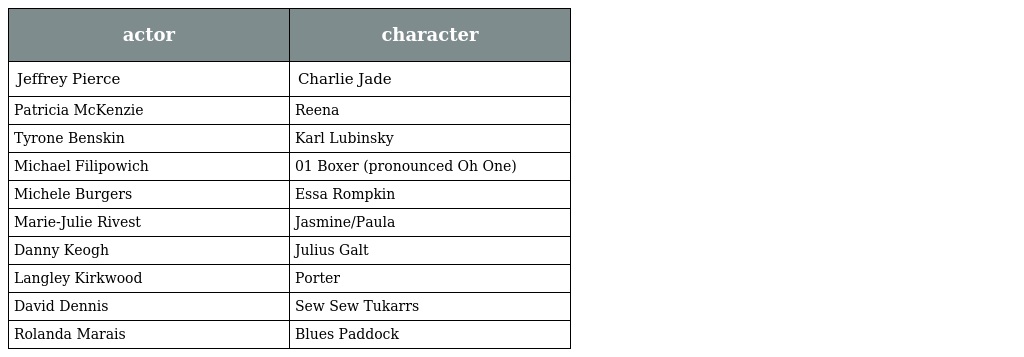
| actor | character |
 | --- | --- |
 | Jeffrey Pierce | Charlie Jade |
 | Patricia McKenzie | Reena |
 | Tyrone Benskin | Karl Lubinsky |
 | Michael Filipowich | 01 Boxer (pronounced Oh One) |
 | Michele Burgers | Essa Rompkin |
 | Marie-Julie Rivest | Jasmine/Paula |
 | Danny Keogh | Julius Galt |
 | Langley Kirkwood | Porter |
 | David Dennis | Sew Sew Tukarrs |
 | Rolanda Marais | Blues Paddock |